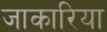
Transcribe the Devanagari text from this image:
जाकारिया